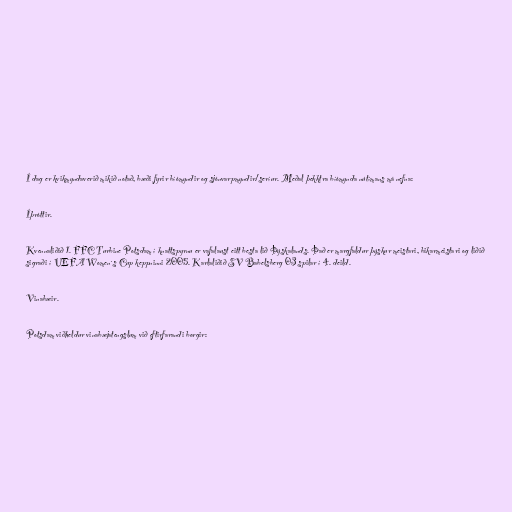
Í dag er kvikmyndaverið mikið notað, bæði fyrir bíómyndir og sjónvarpmyndir/seríur. Meðal þekktra bíómynda nútímans má nefna:

Íþróttir.

Kvennaliðið 1. FFC Turbine Potsdam í knattspyrnu er vafalaust eitt besta lið Þýskalands. Það er margfaldur þýskur meistari, bikarmeistari og liðið
sigraði í UEFA Women´s Cup keppninni 2005. Karlaliðið SV Babelsberg 03 spilar í 4. deild.

Vinabæir.

Potsdam viðheldur vinabæjatengslum við eftirfarandi borgir: